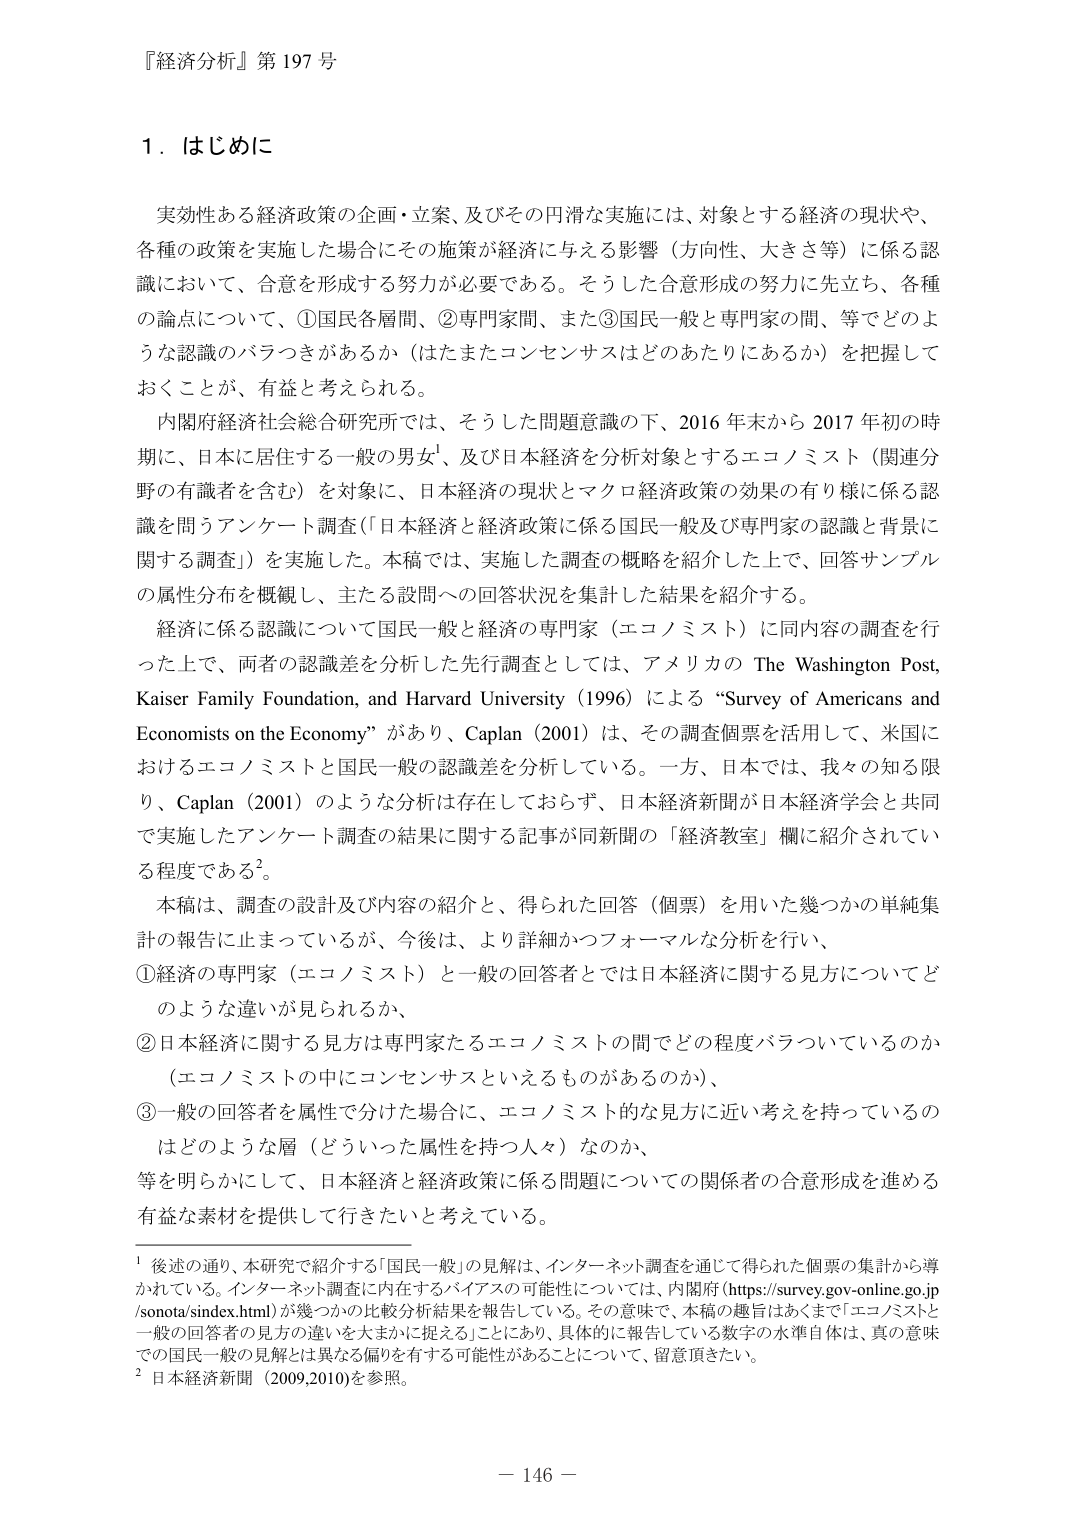
『経済分析』第197号

1．はじめに

実効性ある経済政策の企画・立案、及びその円滑な実施には、対象とする経済の現状や、各種の政策を実施した場合にその施策が経済に与える影響（方向性、大きさ等）に係る認識において、合意を形成する努力が必要である。そうした合意形成の努力に先立ち、各種の論点について、①国民各層間、②専門家間、また③国民一般と専門家の間、等でどのような認識のバラつきがあるか（はたまたコンセンサスはどのあたりにあるか）を把握しておくことが、有益と考えられる。

内閣府経済社会総合研究所では、そうした問題意識の下、2016年末から2017年初の時期に、日本に居住する一般の男女¹、及び日本経済を分析対象とするエコノミスト（関連分野の有識者を含む）を対象に、日本経済の現状とマクロ経済政策の効果の有り様に係る認識を問うアンケート調査（「日本経済と経済政策に係る国民一般及び専門家の認識と背景に関する調査」）を実施した。本稿では、実施した調査の概略を紹介した上で、回答サンプルの属性分布を概観し、主たる設問への回答状況を集計した結果を紹介する。

経済に係る認識について国民一般と経済の専門家（エコノミスト）に同内容の調査を行った上で、両者の認識差を分析した先行調査としては、アメリカの The Washington Post, Kaiser Family Foundation, and Harvard University (1996) による “Survey of Americans and Economists on the Economy” があり、Caplan (2001) は、その調査個票を活用して、米国におけるエコノミストと国民一般の認識差を分析している。一方、日本では、我々の知る限り、Caplan (2001) のような分析は存在しておらず、日本経済新聞が日本経済学会と共同で実施したアンケート調査の結果に関する記事が同新聞の「経済教室」欄に紹介されている程度である²。

本稿は、調査の設計及び内容の紹介と、得られた回答（個票）を用いた幾つかの単純集計の報告に止まっているが、今後は、より詳細かつフォーマルな分析を行い、

①経済の専門家（エコノミスト）と一般の回答者とでは日本経済に関する見方についてどのような違いが見られるか、

②日本経済に関する見方は専門家たるエコノミストの間でどの程度バラついているのか（エコノミストの中にコンセンサスといえるものがあるのか）、

③一般の回答者を属性で分けた場合に、エコノミスト的な見方に近い考えを持っているのはどのような層（どういった属性を持つ人々）なのか、

等を明らかにして、日本経済と経済政策に係る問題についての関係者の合意形成を進める有益な素材を提供して行きたいと考えている。

¹ 後述の通り、本研究で紹介する「国民一般」の見解は、インターネット調査を通じて得られた個票の集計から導かれている。インターネット調査に内在するバイアスの可能性については、内閣府（https://survey.gov-online.go.jp/sonota/sindex.html）が幾つかの比較分析結果を報告している。その意味で、本稿の趣旨はあくまで「エコノミストと一般の回答者の見方の違い」を大まかに捉えることにあり、具体的に報告している数字の水準自体は、真の意味での国民一般の見解とは異なる偏りを有する可能性があることについて、留意頂きたい。

² 日本経済新聞（2009,2010）を参照。

－ 146 －